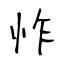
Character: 怍